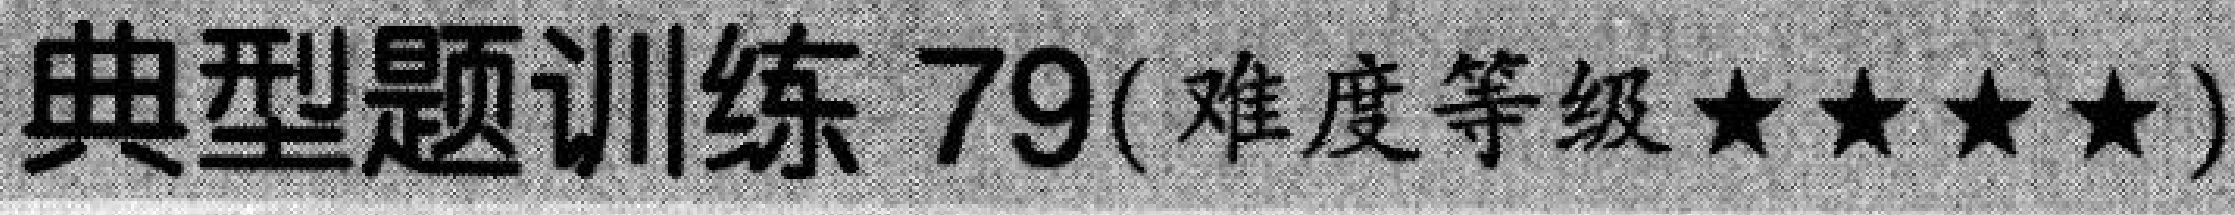
典型题训练 79(难度等级$\star\star\star\star$)